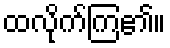
ထလိုက်ကြ၏။